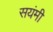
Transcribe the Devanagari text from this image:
सयंमी